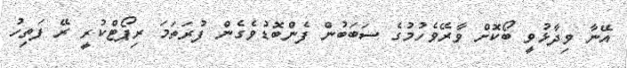
އޭނާ ވިދާޅުވީ ބޯކޮށް ވާރޭވެހުމުގެ ސަބަބުން ފެންބޮޑުވެގެން ފުރަތަމަ ރިޕޯޓްކުރީ ރޭ ފަތިހު